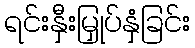
ရင်းနှီးမြှုပ်နှံခြင်း